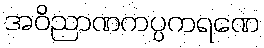
အဝိညာဏကပ္ပကရဏေ